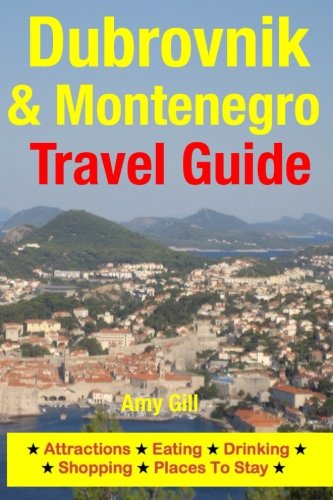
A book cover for Dubrovnik & Montenegro Travel Guide: Attractions, Eating, Drinking, Shopping & Places To Stay; Amy Gill; Travel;